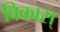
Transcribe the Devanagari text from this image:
विकास्